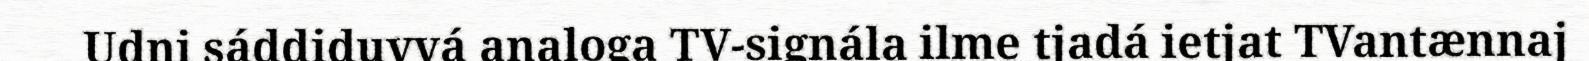
Udni sáddiduvvá analoga TV-signála ilme tjadá ietjat TVantænnaj